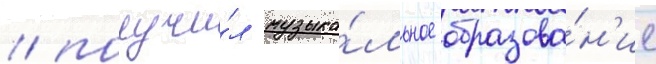
/ получи́л музыка́льное образова́н'ие